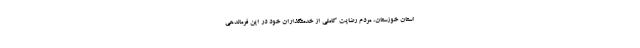
استان خوزستان، مردم رضایت کاملی از خدمتگذاران خود در این فرماندهی